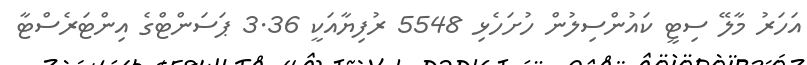
އަހަރު މާލޭ ސިޓީ ކައުންސިލުން ހުށަހެޅި 5548 ރުފިޔާއަކީ 3.36 ޕަސަންޓްގެ އިންޓަރެސްޓާ